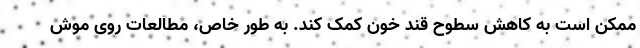
ممکن است به کاهش سطوح قند خون کمک کند. به طور خاص، مطالعات روی موش